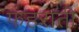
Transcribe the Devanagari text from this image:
फहराती